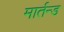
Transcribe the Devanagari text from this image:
मार्तन्ड